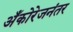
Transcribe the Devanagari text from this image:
अँकोरेजनंतर